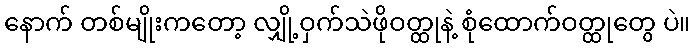
နောက် တစ်မျိုးကတော့ လျှို့ဝှက်သဲဖိုဝတ္ထုနဲ့ စုံထောက်ဝတ္ထုတွေ ပဲ။